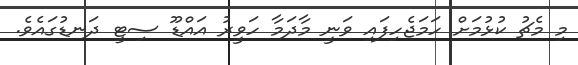
މި މެޗު ކުޅުމަށް ހަމަޖެހިފައި ވަނީ މާދަމާ ހަވީރު އައްޑޫ ސިޓީ ދަނޑުގައެވެ.